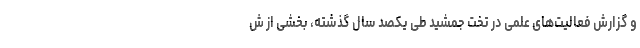
و گزارش فعالیت‌های علمی در تخت جمشید طی یکصد سال گذشته، بخشی از ش